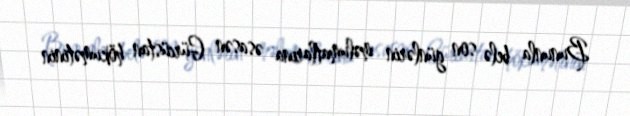
Bununla belə son günlərin məlumatlarına əsasən Gürcüstan hökumətinin